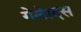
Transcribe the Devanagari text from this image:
गेलेादस